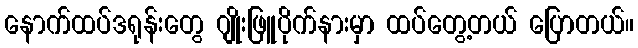
နောက်ထပ်ဒရုန်းတွေ ဂျိုးဖြူပိုက်နားမှာ ထပ်တွေ့တယ် ပြောတယ်။